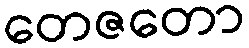
တေဇတော